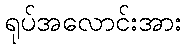
ရုပ်အလောင်းအား